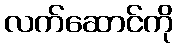
လက်ဆောင်ကို